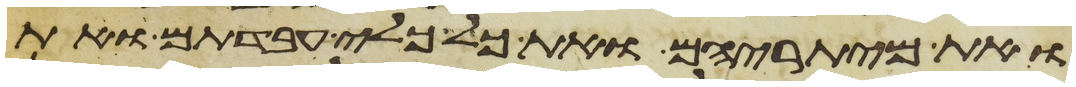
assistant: ואת מיתריהם ואת כל כלי עבדתם ואת